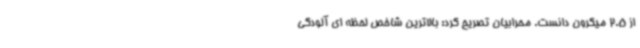
از 2.5 میکرون دانست. محرابیان تصریح کرد: بالاترین شاخص لحظه ای آلودگی